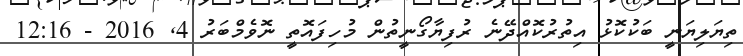
ތިޔަލިޔަނީ ބަކުކޮޅު އިތުރުކޮއްދޭނެ ރުފިޔާގޯނީތުން މުހިފައޮތީ ނޮވެމްބަރު 4